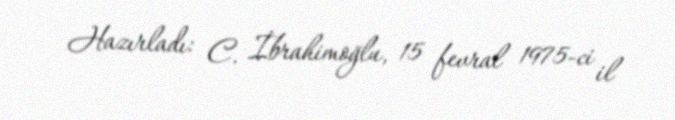
Hazırladı: C. İbrahimoğlu, 15 fevral 1975-ci il